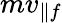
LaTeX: mv_{\parallel f}